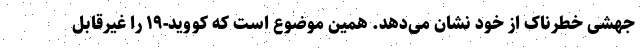
جهشی خطرناک از خود نشان می‌دهد. همین موضوع است که کووید-۱۹ را غیرقابل